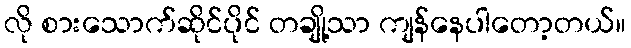
လို စားသောက်ဆိုင်ပိုင် တချို့သာ ကျန်နေပါတော့တယ်။